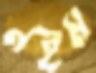
নইম